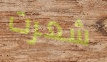
شعرت